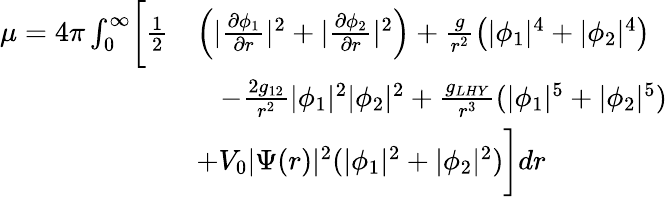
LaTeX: \begin{array}{rl}{\mu=4\pi\int_{0}^{\infty}\biggl[\frac{1}{2}\biggr.}&{\left(|\frac{\partial\phi_{1}}{\partial r}|^{2}+|\frac{\partial\phi_{2}}{\partial r}|^{2}\right)+\frac{g}{r^{2}}\left(|\phi_{1}|^{4}+|\phi_{2}|^{4}\right)}\\ &{\; \; \; -\frac{2g_{12}}{r^{2}}|\phi_{1}|^{2}|\phi_{2}|^{2}+\frac{g_{LHY}}{r^{3}}(|\phi_{1}|^{5}+|\phi_{2}|^{5})}\\ &{\biggl.+V_{0}|\Psi(r)|^{2}(|\phi_{1}|^{2}+|\phi_{2}|^{2})\biggr]dr}\end{array}